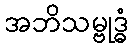
အဘိသမ္ဗုဒ္ဓံ